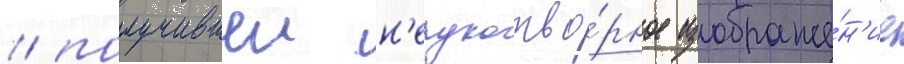
/ получившеи н'ерукотво́рное изображе́н'ие